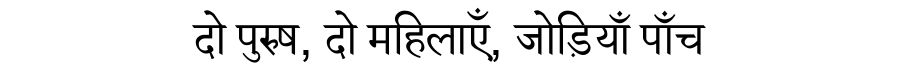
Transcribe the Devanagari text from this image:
दो पुरुष, दो महिलाएँ, जोड़ियाँ पाँच